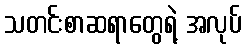
သတင်းစာဆရာတွေရဲ့ အလုပ်